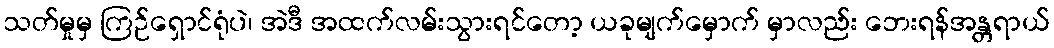
သတ်မှုမှ ကြဉ်ရှောင်ရုံပဲ၊ အဲဒီ အထက်လမ်းသွားရင်တော့ ယခုမျက်မှောက် မှာလည်း ဘေးရန်အန္တရာယ်